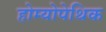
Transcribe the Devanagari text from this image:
होम्योपेथिक